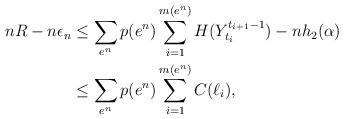
LaTeX: \begin{align*}nR-n\epsilon_n&\leq \sum_{e^n}p(e^n)\sum_{i=1}^{m(e^n)}H(Y_{t_i}^{t_{i+1}-1})-nh_2(\alpha)\\&\leq\sum_{e^n}p(e^n)\sum_{i=1}^{m(e^n)}C(\ell_i),\end{align*}